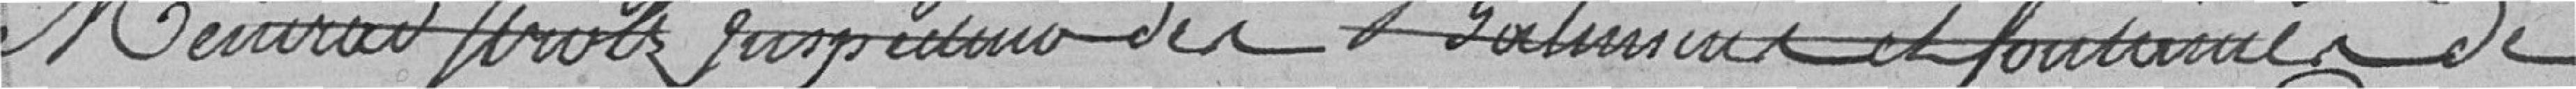
Meinrad GERVITZ inspecteur des Bâtiments et fontaines de